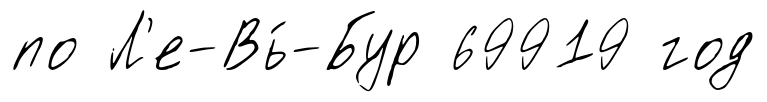
по Л'е-Вь́-Бур 69919 год